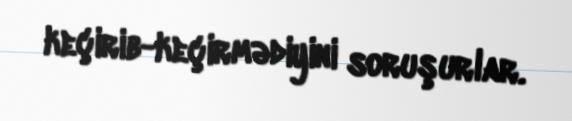
keçirib-keçirmədiyini soruşurlar.